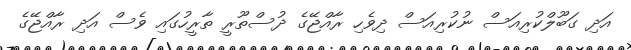
އަދި ގަބޫލްކުރިއަސް ނުކުރިއަސް ދިވެހި ރާއްޖޭގެ ދުސްތޫރީ ތާރީހުގައި ވެސް އަދި ރާއްޖޭގެ